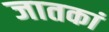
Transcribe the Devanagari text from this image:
जातकां